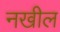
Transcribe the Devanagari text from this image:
नखील